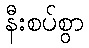
နီးစပ်စွာ